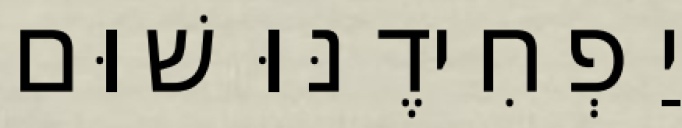
יַפְחִידֶנּוּ שׁוּם